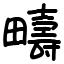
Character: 疇